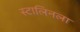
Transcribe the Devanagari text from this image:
स्टालिनला